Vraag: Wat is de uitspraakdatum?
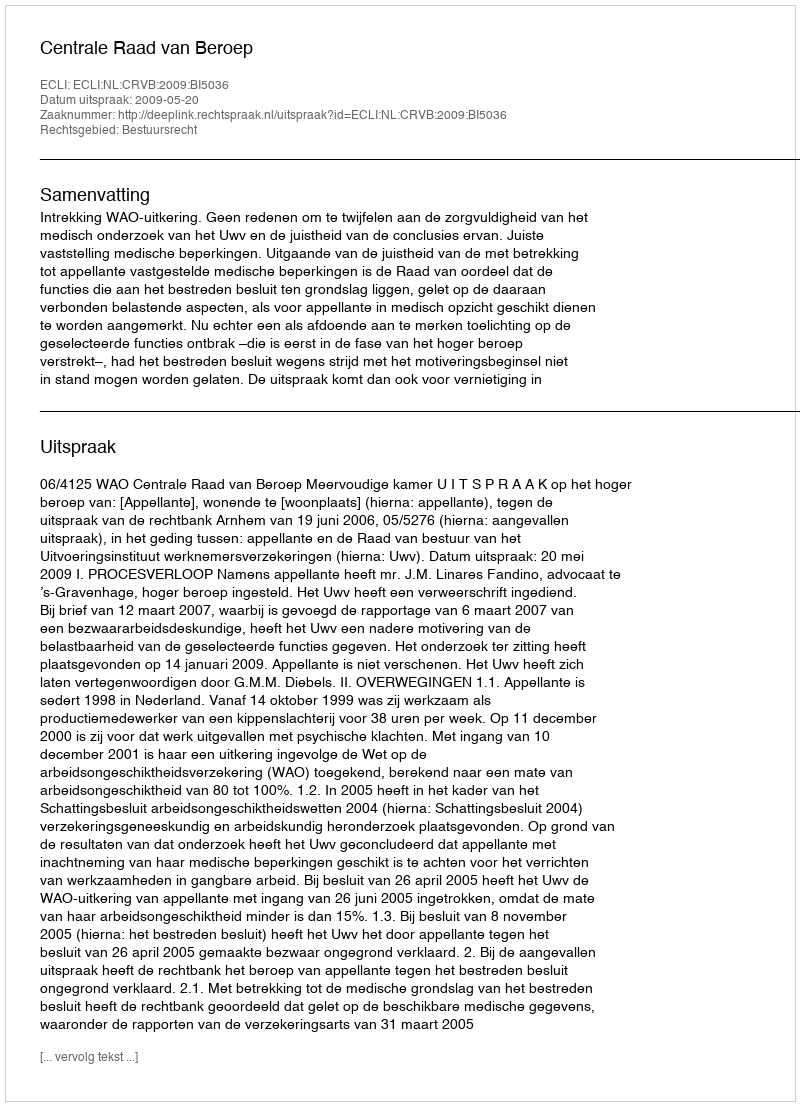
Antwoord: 2009-05-20